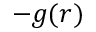
- g ( r )